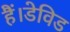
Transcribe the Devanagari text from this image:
हैं।डेविड